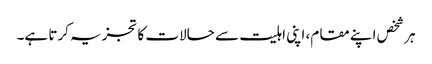
ہر شخص اپنے مقام، اپنی اہلیت سے حالات کا تجزیہ کرتا ہے۔